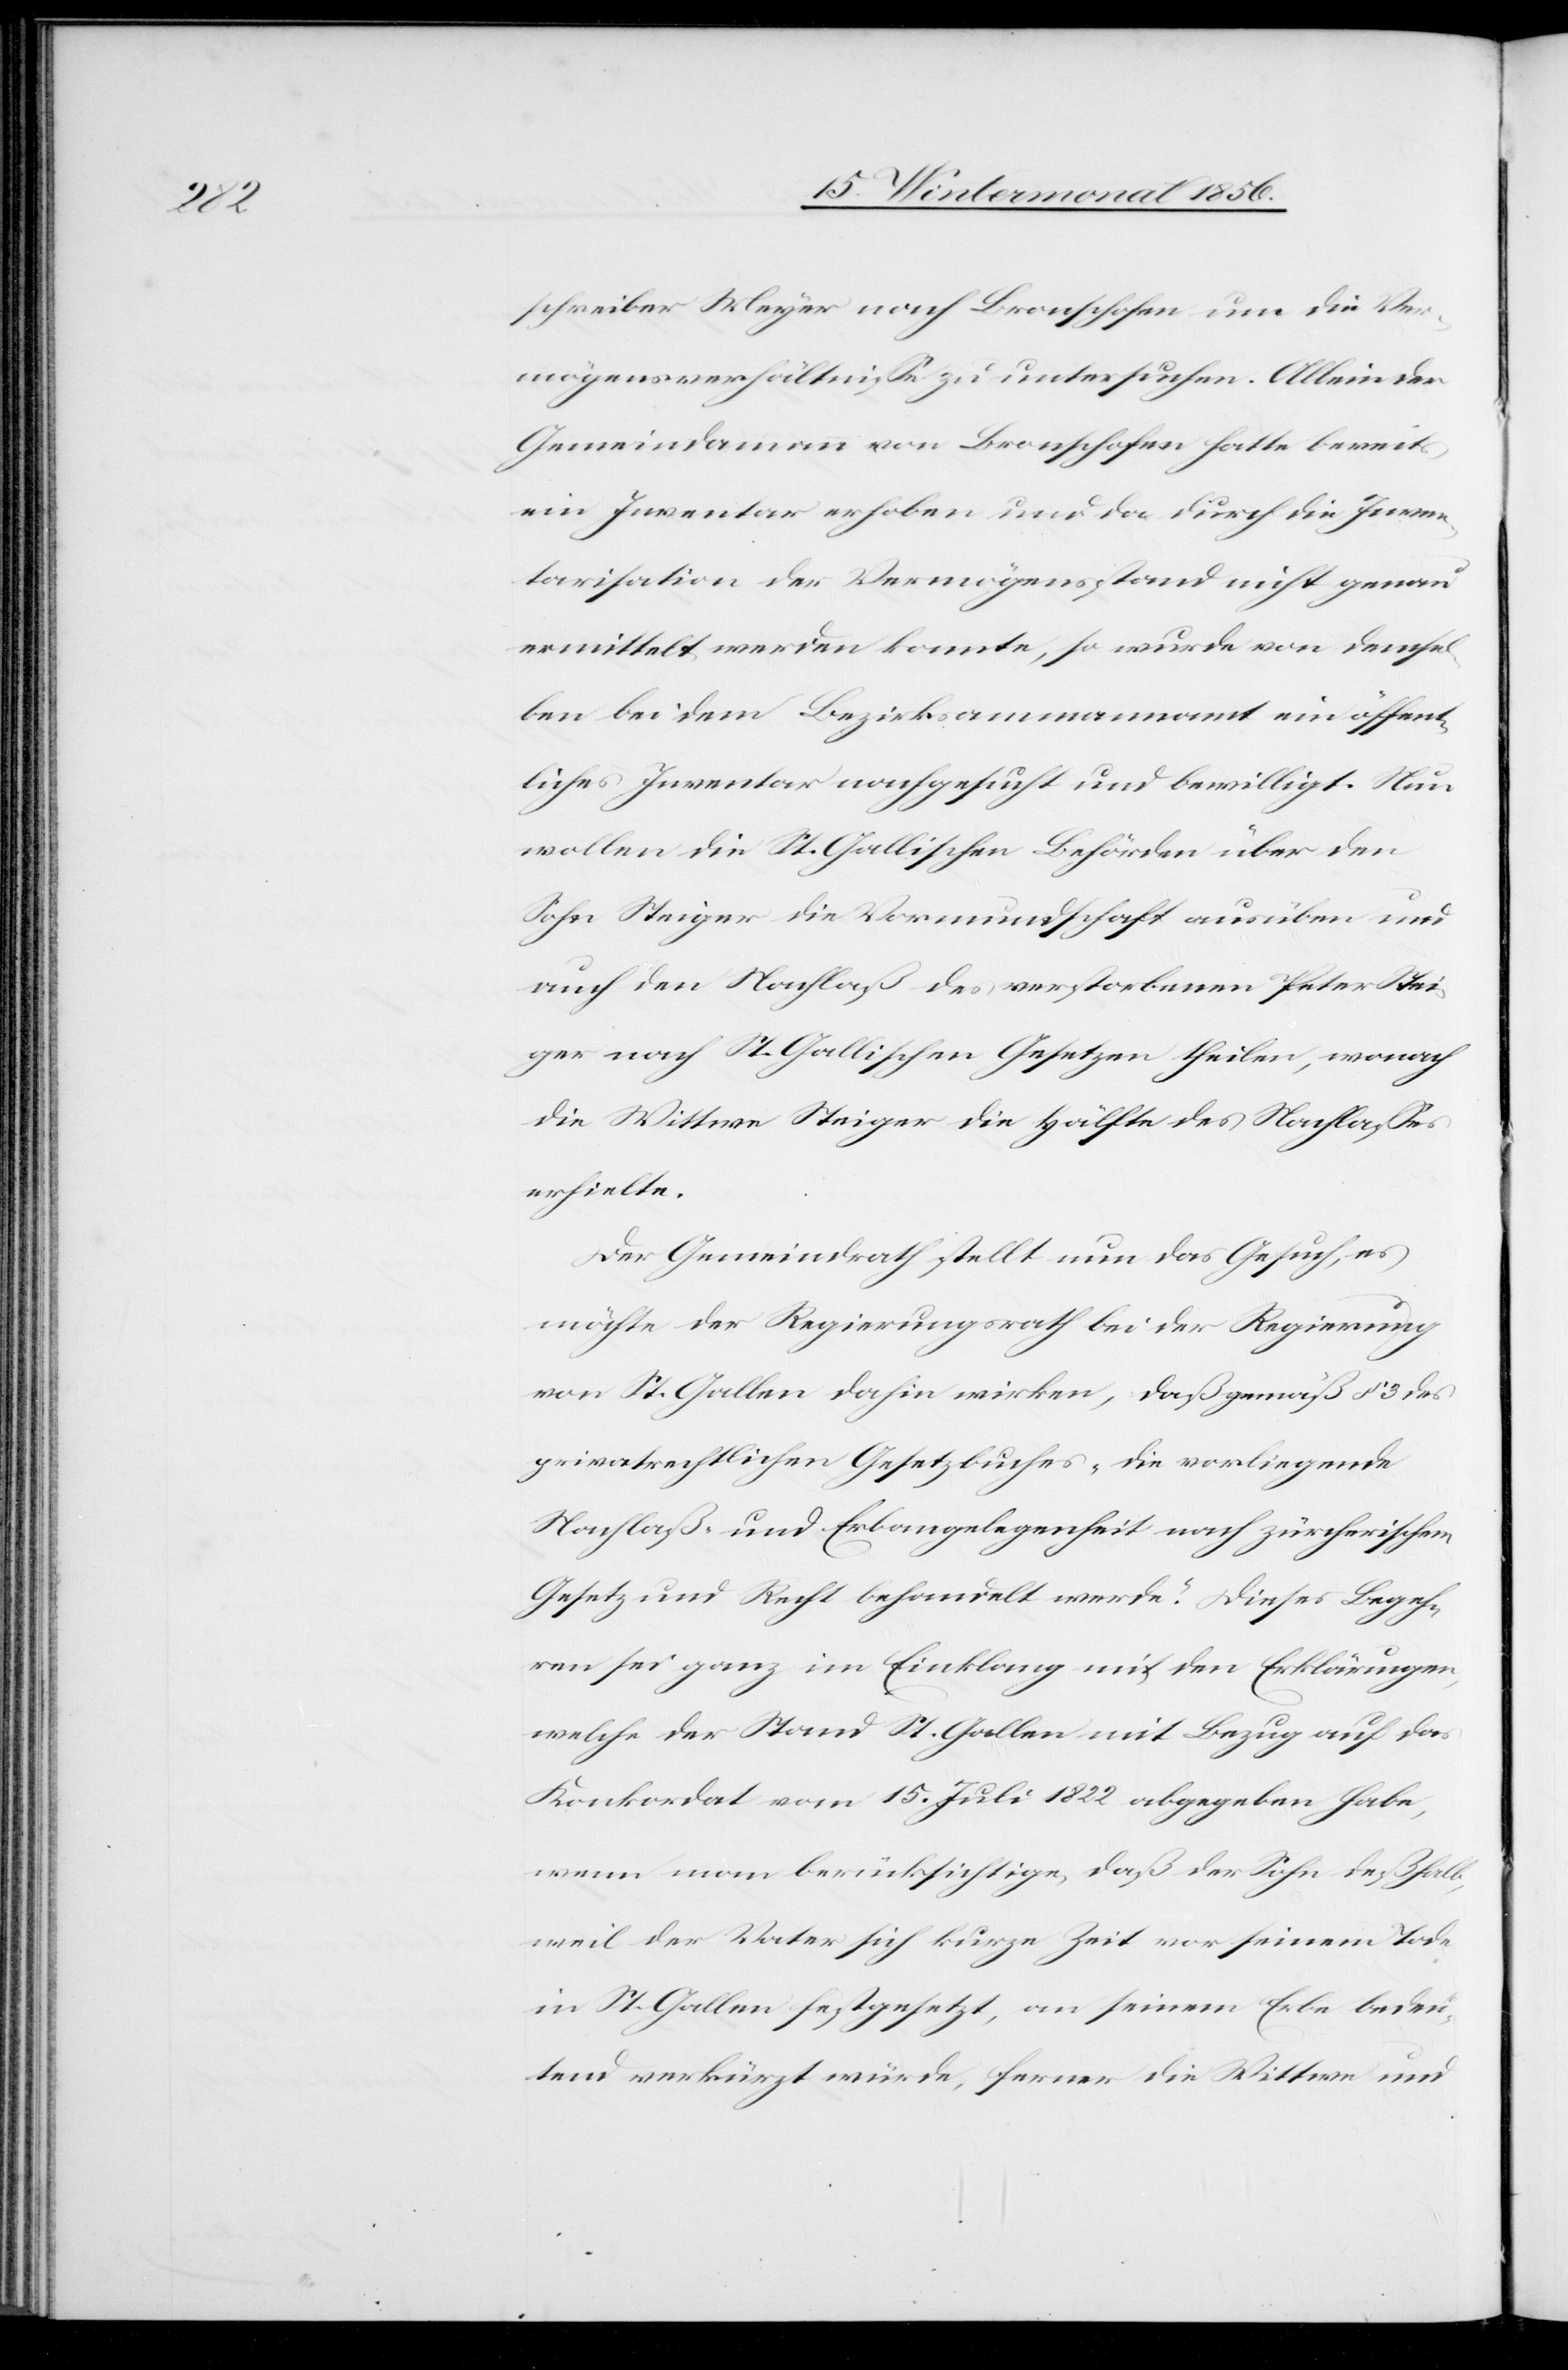
schreiber Meyer nach Bronschofen um die Ver¬
mögensverhältnisse zu untersuchen. Allein der
Gemeindammann von Bronschofen hatte bereits
ein Inventar erhoben und da durch die Inven¬
tarisation der Vermögenstand nicht genau
ermittelt werden konnte, so wurde von demsel¬
ben bei dem Bezirksammannamt ein öffent¬
liches Inventar nachgesucht und bewilligt. Nun
wollen die St. Gallischen Behörden über den
Sohn Steiger die Vormundschaft ausüben und
auch den Nachlaß des verstorbenen Peter Stei¬
ger nach St. Gallischen Gesetzen theilen, wonach
die Wittwe Steiger die Hälfte des Nachlasses
erhielte.
Der Gemeindrath stellt nun das Gesuch, es
möchte der Regierungsrath bei der Regierung
von St. Gallen dahin wirken, daß gemäß § 3 des
privatrechtlichen Gesetzbuches „die vorliegende
Nachlaß- und Erbangelegenheit nach zürcherischem
Gesetz und Recht behandelt werde.“ Dieses Begeh¬
ren sei ganz im Einklang mit den Erklärungen,
welche der Stand St. Gallen mit Bezug auf das
Konkordat vom 15. Juli 1822 abgegeben habe,
wenn man berücksichtige, daß der Sohn deßhalb,
weil der Vater sich kurze Zeit vor seinem Tode
in St. Gallen festgesetzt, an seinem Erbe bedeu¬
tend verkürzt würde, ferner die Wittwe und